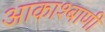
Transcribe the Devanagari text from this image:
आकाश्बाणी